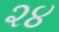
૨૪